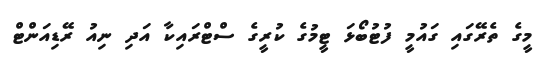
މީގެ ތެރޭގައި ގައުމީ ފުޓުބޯޅަ ޓީމުގެ ކުރީގެ ސްޓްރައިކާ އަދި ނިއު ރޭޑިއަންޓް